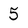
Character: 5